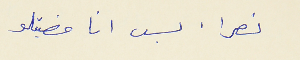
نصرا : بس انا مضيتلو